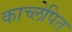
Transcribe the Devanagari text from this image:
काच्लेपित